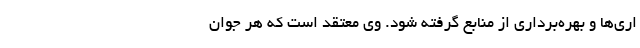
اری‌ها و بهره‌برداری از منابع گرفته شود. وی معتقد است که هر جوان